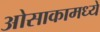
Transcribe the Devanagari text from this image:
ओसाकामध्ये